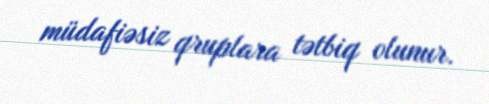
müdafiəsiz qruplara tətbiq olunur.